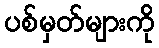
ပစ်မှတ်များကို